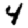
Digit: 4